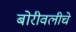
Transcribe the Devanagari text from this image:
बोरीवलीचे